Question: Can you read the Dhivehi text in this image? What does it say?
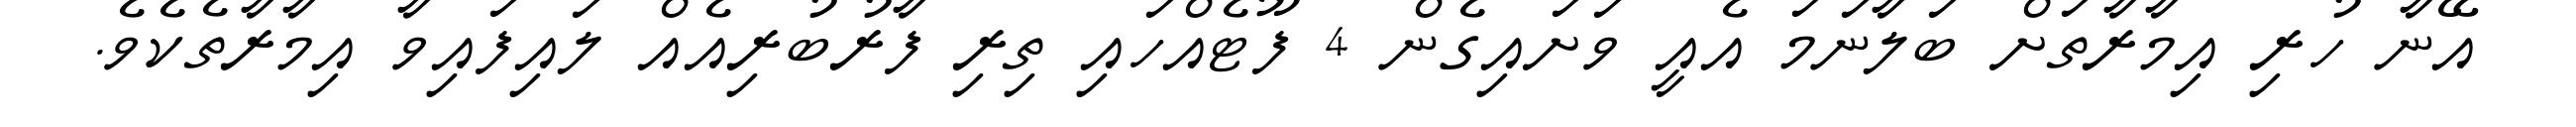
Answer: އޭނާ ހުރި އިމާރާތަށް ބަލާނަމަ އެއީ ވަށައިގެން 4 ފޫޓެއްހައި ތިރި ފާރުބުރިއެއް ލައިފައިވާ އިމާރާތެކެވެ.